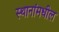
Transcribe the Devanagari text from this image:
स्थानांमधील